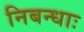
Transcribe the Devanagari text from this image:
निबन्धाः